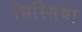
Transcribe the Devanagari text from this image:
सिस्सिया